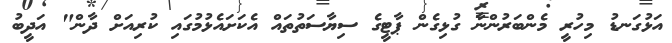
އަޅުގަނޑު މިހުރީ މެންބަރުންނާ ގުޅިގެން ޕާޓީގެ ސިޔާސަތުތައް އެކަށައެޅުމުގައި ކުރިއަށް ދާން" އަދީބު